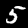
Digit: 5